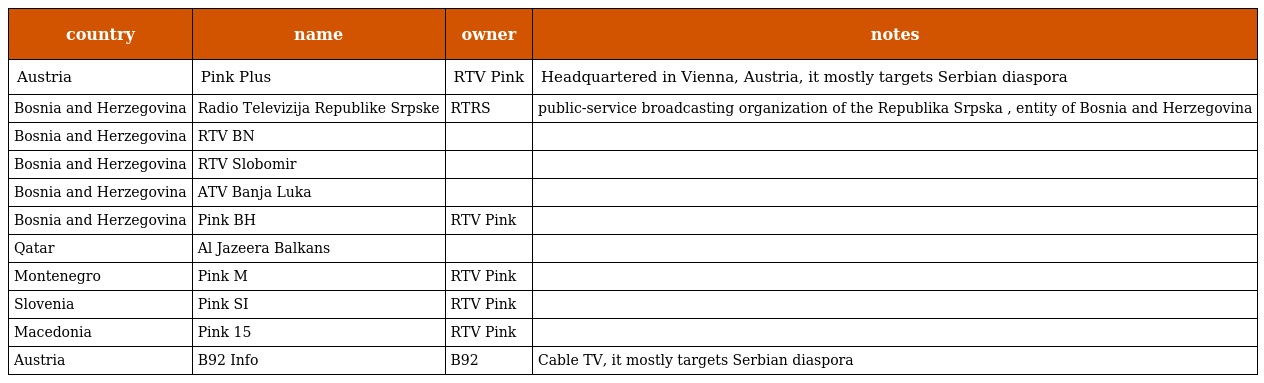
| country | name | owner | notes |
 | --- | --- | --- | --- |
 | Austria | Pink Plus | RTV Pink | Headquartered in Vienna, Austria, it mostly targets Serbian diaspora |
 | Bosnia and Herzegovina | Radio Televizija Republike Srpske | RTRS | public-service broadcasting organization of the Republika Srpska , entity of Bosnia and Herzegovina |
 | Bosnia and Herzegovina | RTV BN |  |  |
 | Bosnia and Herzegovina | RTV Slobomir |  |  |
 | Bosnia and Herzegovina | ATV Banja Luka |  |  |
 | Bosnia and Herzegovina | Pink BH | RTV Pink |  |
 | Qatar | Al Jazeera Balkans |  |  |
 | Montenegro | Pink M | RTV Pink |  |
 | Slovenia | Pink SI | RTV Pink |  |
 | Macedonia | Pink 15 | RTV Pink |  |
 | Austria | B92 Info | B92 | Cable TV, it mostly targets Serbian diaspora |